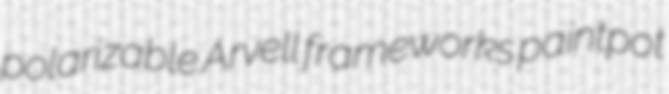
polarizable Arvell frameworks paintpot